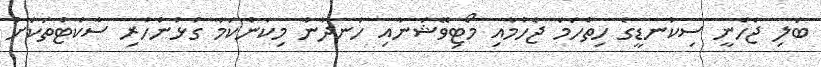
ބަލި ޖެހެނީ ސިކުނޑީގެ ހިތްހަމަ ޖެހުމާއި މޯޓިވޭޝަނާއި ހަނދާނާ މިކަންކަމާ ގުޅުންހުރި ސާކެޓްތަކަށް